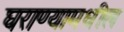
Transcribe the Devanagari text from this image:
घराण्यामधील